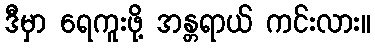
ဒီမှာ ရေကူးဖို့ အန္တရာယ် ကင်းလား။